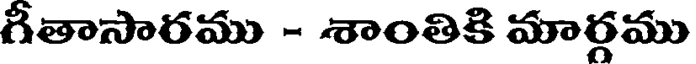
గీతాసారము - శాంతికి మార్గము